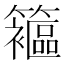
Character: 䉱